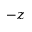
- z